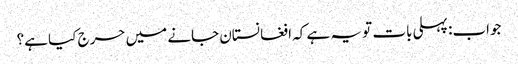
جواب: پہلی بات تو یہ ہے کہ افغانستان جانے میں حرج کیا ہے؟